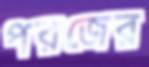
পরজের